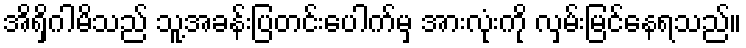
အိရှိဂါမိသည် သူ့အခန်းပြတင်းပေါက်မှ အားလုံးကို လှမ်းမြင်နေရသည်။